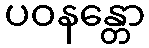
ပဝနန္တော